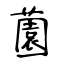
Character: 薗